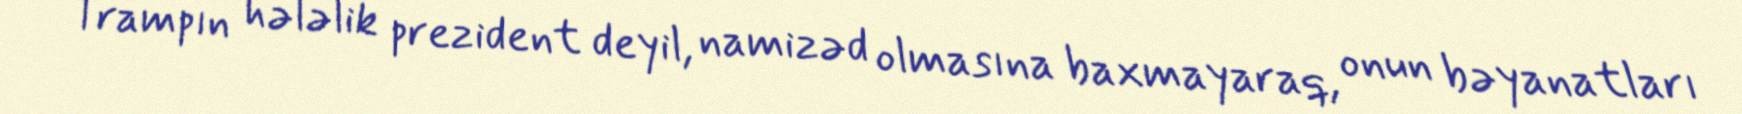
Trampın hələlik prezident deyil, namizəd olmasına baxmayaraq, onun bəyanatları